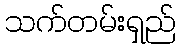
သက်တမ်းရှည်